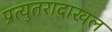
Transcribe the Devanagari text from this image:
प्रत्युतरादाखल